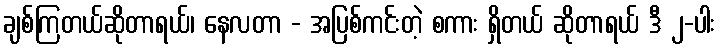
ချစ်ကြတယ်ဆိုတာရယ်၊ နေလတာ - အပြစ်ကင်းတဲ့ စကား ရှိတယ် ဆိုတာရယ် ဒီ ၂-ပါး